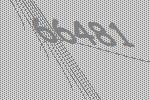
66481